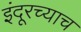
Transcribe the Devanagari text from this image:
इंदूरच्याच